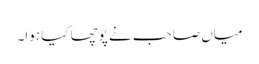
میاں صاحب نے پوچھا کیا ہوا۔